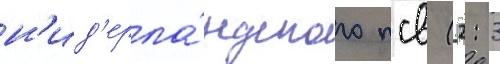
н'ид'ерла́ндского псв (2: 3